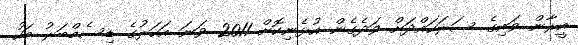
އީރާން ވައިގެ ސަރަހައްދަށް ވަދެގެން އުޅެނިކޮށް 2011 ވަނަ އަހަރުގެ ޑިސެމްބަރު މަހު